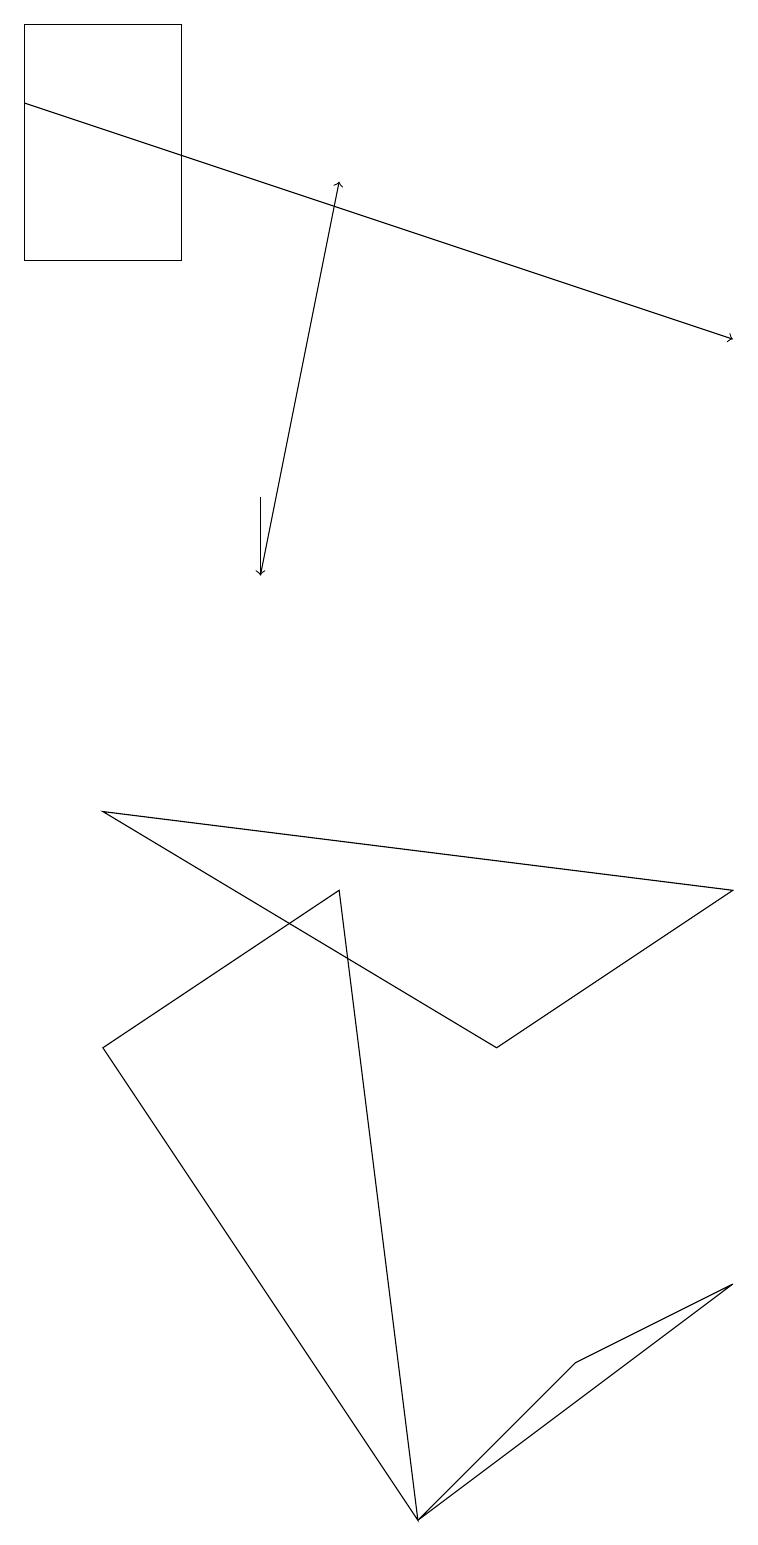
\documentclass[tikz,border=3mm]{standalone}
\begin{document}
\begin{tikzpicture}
\draw (5,0) -- (9,3) -- (7,2) -- cycle;
\draw (6,6) -- (9,8) -- (1,9) -- cycle;
\draw (5,0) -- (1,6) -- (4,8) -- cycle;
\draw[->] (0,18) -- (9,15);
\draw (0,19) rectangle (2,16);
\draw[->] (3,13) -- (3,12);
\draw[->] (3,12) -- (4,17);
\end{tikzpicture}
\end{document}